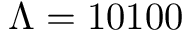
\Lambda = 1 0 1 0 0